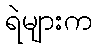
ရဲများက